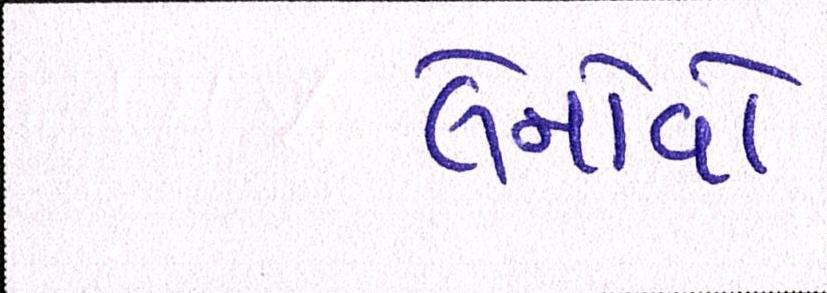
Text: લેનોવો